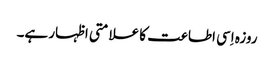
روزہ اِسی اطاعت کا علامتی اظہار ہے۔